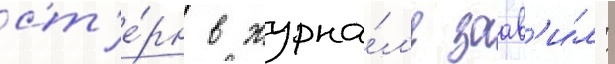
ст'е́рн в журна́л'е заав'и́л: